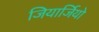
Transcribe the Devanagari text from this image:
जियार्जियो